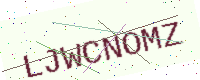
Text: LJWCNOMZ